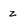
Character: z